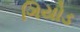
ગિયોડ